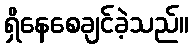
ရှိနေစေချင်ခဲ့သည်။